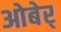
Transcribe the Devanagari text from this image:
ओबेर्